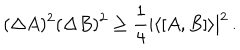
( \Delta A ) ^ { 2 } ( \Delta B ) ^ { 2 } \ge \frac { 1 } { 4 } \left| \langle [ A , B ] \rangle \right| ^ { 2 } \, .